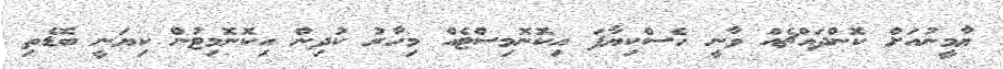
ޔާމީނުއަށް ކޮންދައްޗެއް ވާނީ ހެސްކިޔާފަ އިކޮނޮމިސްޓެއް މިހާރު ކުދިން އިކޮނޮމިޓުން ކިޔަނީ ބޮޑެތި